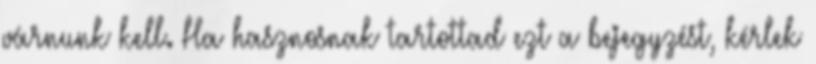
várnunk kell. Ha hasznosnak tartottad ezt a bejegyzést, kérlek